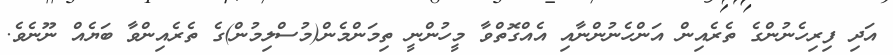
އަދި ފިރިހެނުންގެ ތެރެއިން އަންހެނުންނާއި އެއްގޮތްވާ މީހުންނީ ތިމަންމެން(މުސްލިމުން)ގެ ތެރެއިންވާ ބަޔެއް ނޫނެވެ.